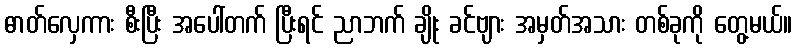
ဓာတ်လှေကား စီးပြီး အပေါ်တက် ပြီးရင် ညာဘက် ချိုး ခင်ဗျား အမှတ်အသား တစ်ခုကို တွေ့မယ်။